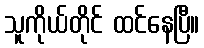
သူကိုယ်တိုင် ထင်နေပြီ။